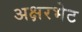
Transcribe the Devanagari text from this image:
अक्षरभेट